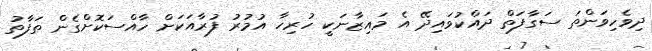
ދިވެހިވަންތަ ސަގާފަތް ދައްކުވައިދޭ އެ މައިޒާނަކީ ހުރިހާ އުމުރު ފުރާއަކަށް ހާއްސަކޮށްގެން ތަފާތު